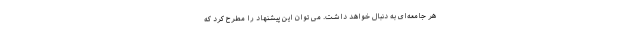
هر جامعه‌ای به دنبال خواهد داشت. می توان این پیشنهاد را مطرح کرد که